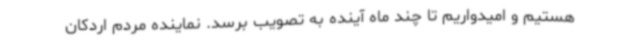
هستیم و امیدواریم تا چند ماه آینده به تصویب برسد. نماینده مردم اردکان